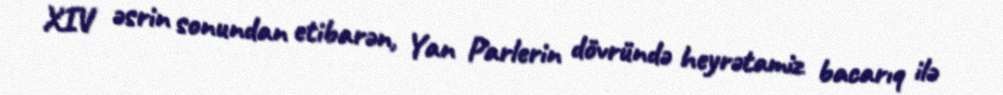
XIV əsrin sonundan etibarən, Yan Parlerin dövründə heyrətamiz bacarıq ilə